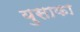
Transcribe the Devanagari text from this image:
युसाका